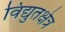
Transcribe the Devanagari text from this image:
विद्युतक्षेत्र